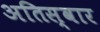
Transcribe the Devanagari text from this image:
अतिस्वार